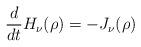
LaTeX: \begin{align*}\frac{d}{dt} H_\nu(\rho) = -J_\nu(\rho)\end{align*}